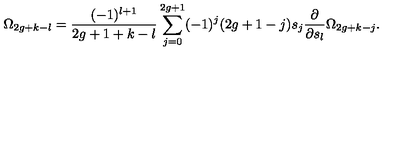
\Omega _ { 2 g + k - l } = { \frac { ( - 1 ) ^ { l + 1 } } { 2 g + 1 + k - l } } \sum _ { j = 0 } ^ { 2 g + 1 } ( - 1 ) ^ { j } ( 2 g + 1 - j ) s _ { j } { \frac { \partial } { \partial s _ { l } } } \Omega _ { 2 g + k - j } .